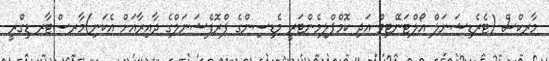
މާރކްސް (ޓެރެޑިޝަނަލް އޯލްޓަނޭޓިވް އަދި ކޮމްޕްލިމެންޓަރީ މެޑިސިންގެ ޕްރޮފެޝަނަލްގެ ދާއިރާއަށް އެކަނި)މާރސްޓާރ ޑިގްރީ